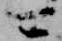
可